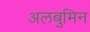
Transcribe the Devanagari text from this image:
अलबुमिन